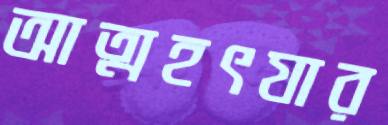
আত্মহৎযার